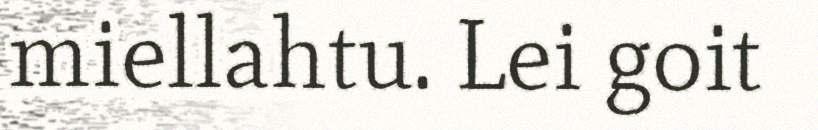
miellahtu. Lei goit